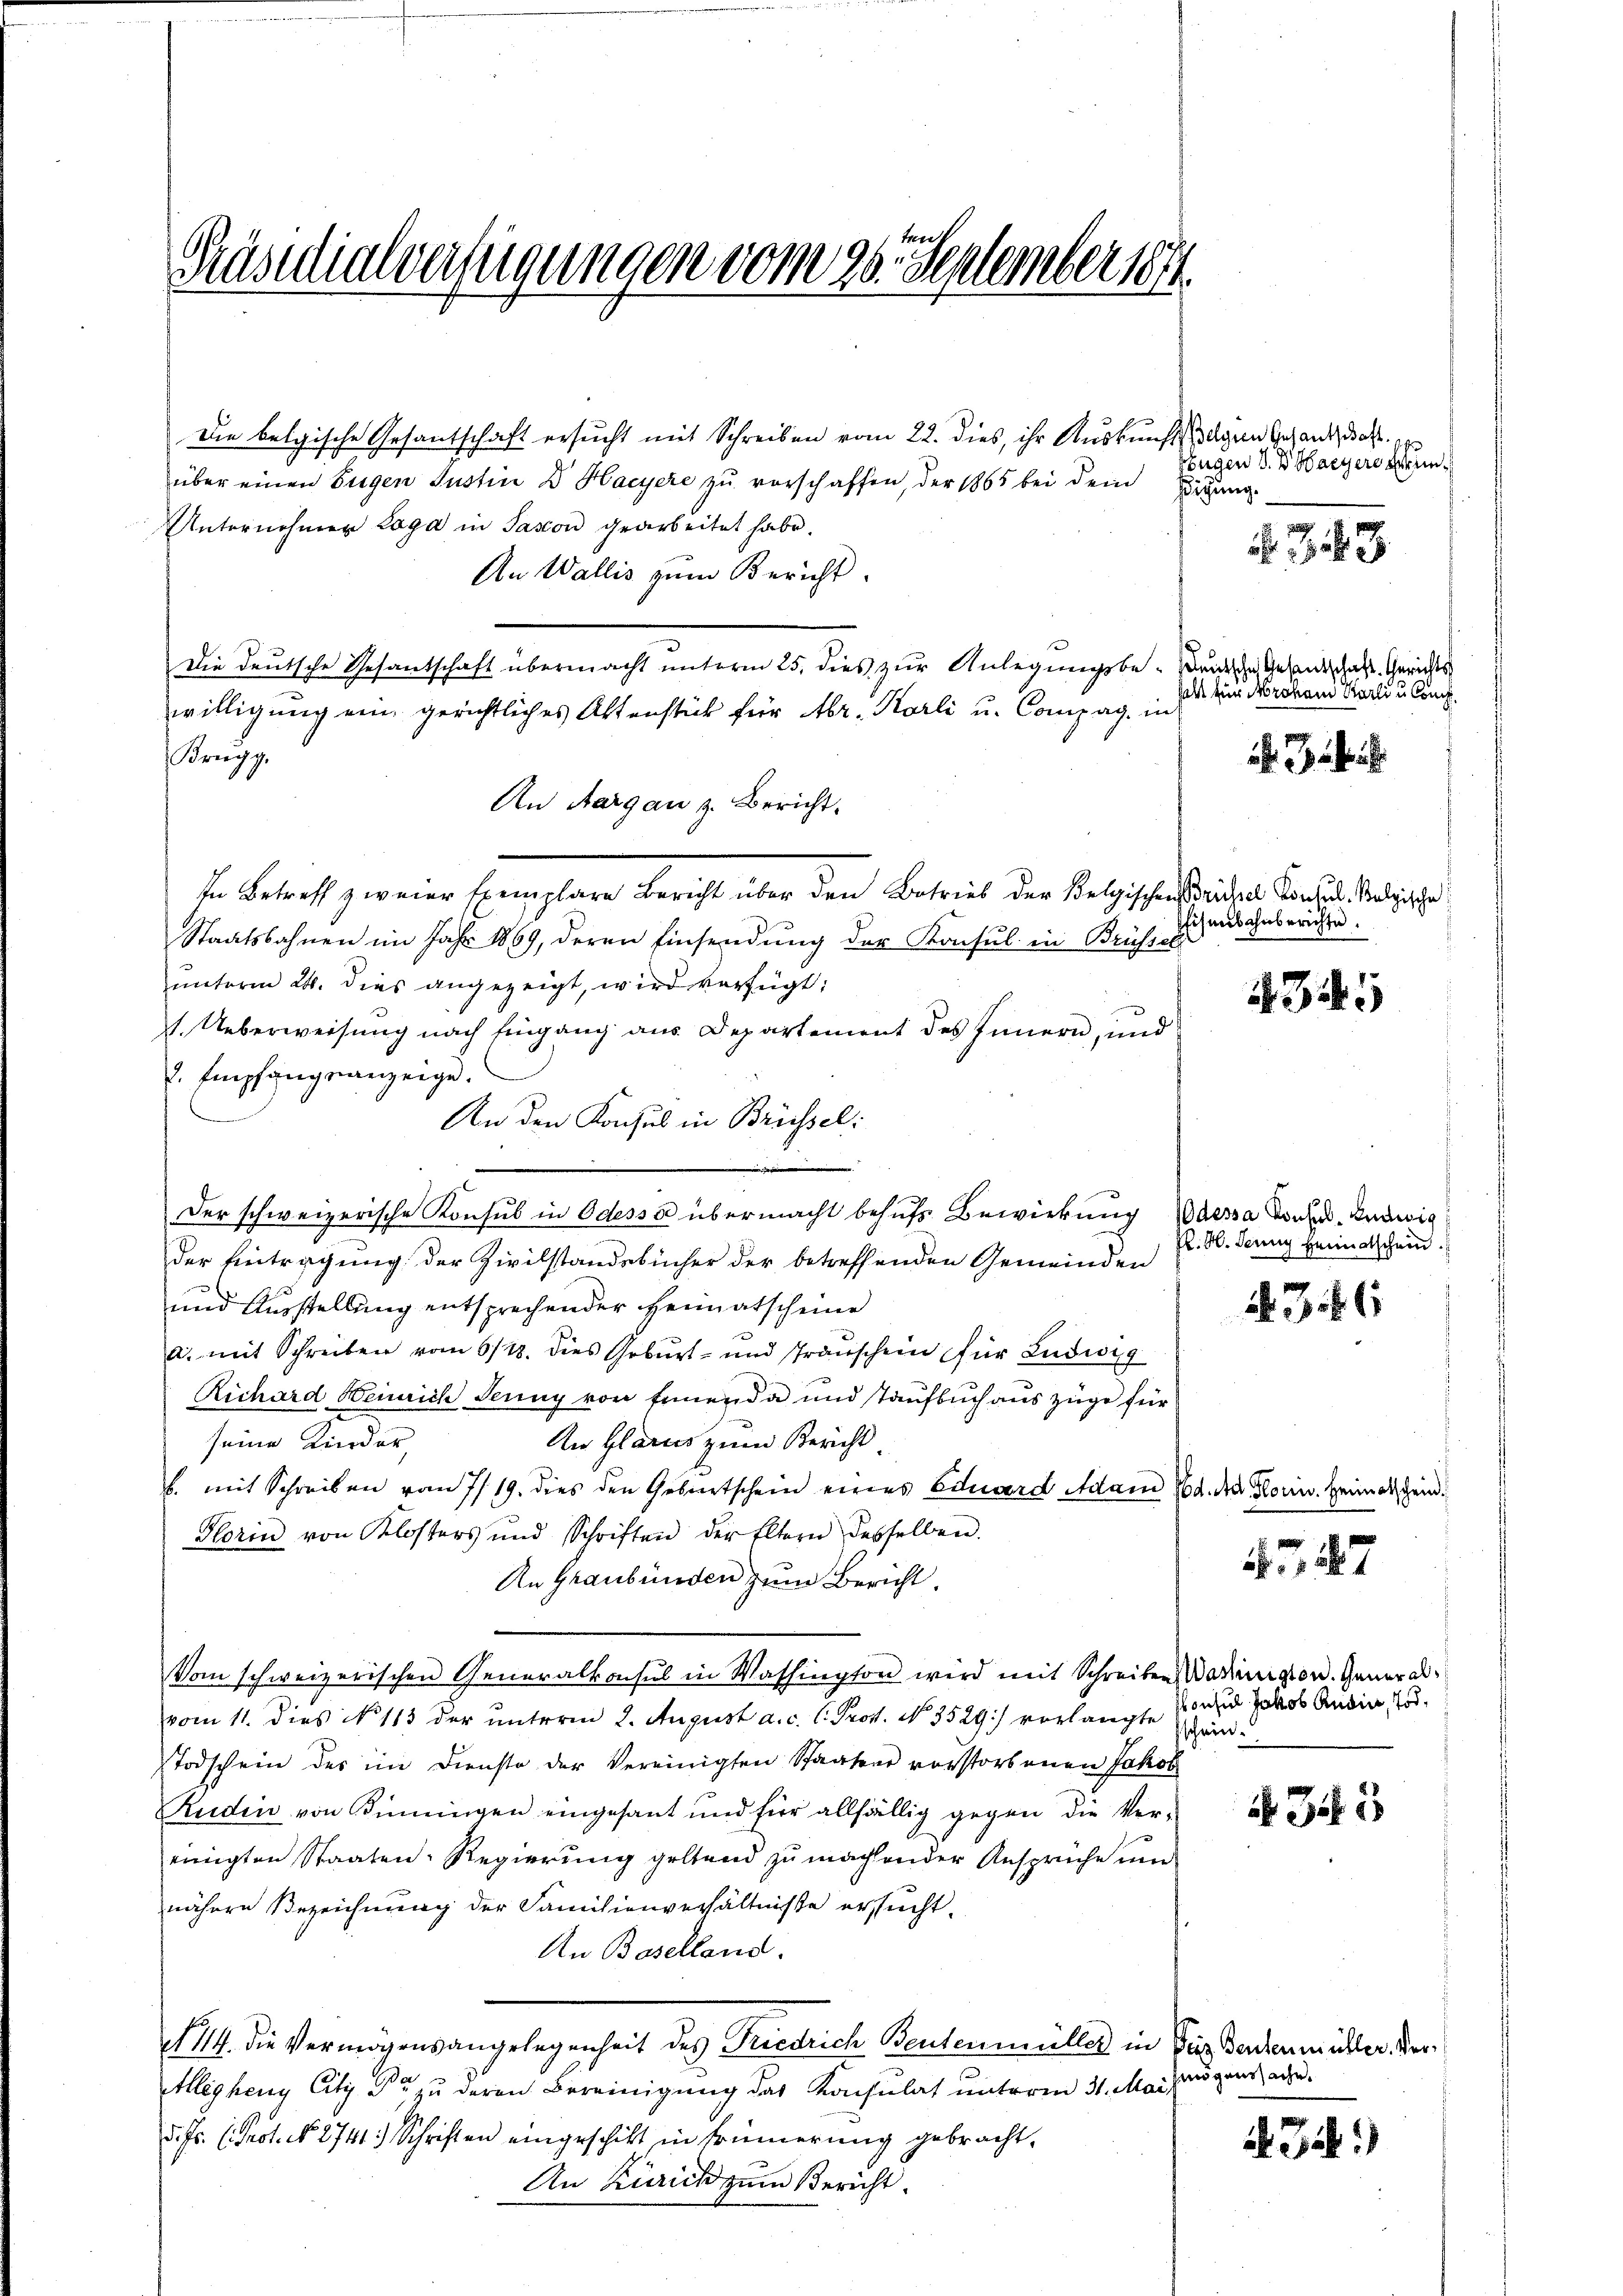
Präsidialverfügungen vom 26. September 1874.

Die belgische Gesantschaft ersucht mit Schreiben vom 22. dies, ihr Auskunft gern Gesand, daß
über einen Eugen Justin Dr Hacyere zu vorschaffen, der 1865 bei dem ung
Unternehmen Laga in Sasson gearbeitet habe.
An Wallis zum Bericht.
Die Deutsche Gesantschaft übermacht unterm 25. dies zur Anlegungsbe-Buche Gesandtschaft Gerichts
willigung ein gerichtliches Aktenstück für Abr. Karli u. Compag. in
Brugg.
An Aargau z. Bericht.
In Betreff zweier Exemplare Bericht über den Betrieb der Belgischens dreichen Landen. Merische
Staatsbahnen im Jahr 1869, deren Einsendung der Konsul in Brüssel
unterm 24. dies angezeigt, wird verfügt:
1. Ueberweisŭng nach Eingang aus Departement des Innern, und
. Empfangsanzeige.
An den Konsuls in Brüssel:
i
Der schweizerische Konsul in Odessa übermacht behufs Bewirkung Wassa dons Ludwig
der Eintragung der Zivilstandebücher der betreffenden Gemeinden
und Ausstellung entsprechender Heimatscheine

a. mit Schreiben vom 6/18. dies Geburt- und Transchein für Ludwig
Richard Heinrich Jenny von Ermenda und Taufbuch aus Züge für
An Glarus zum Bericht
seine Kinder
b. mit Schreiben vom 7/19. dies den Geburtschein eines Eduard Adam a der Glorin Heimatschein.
Glorin von Klosters und Schriften der Eltern desselben.
An Graubünden zum Bericht.
Vom schweizerischen Generalkonsul in Washington wird mit Schreiben Wadinigten. Generalvom 11. dies N. 113 der unterm 2. August a. c. l. Prof. No. 3529) vorlangte Einzu Jakob Annia
Todschein des im Dienste der Vereinigten Staaten vorstorbenen Jakob
Rudin von Kinningen eingesant und für allfällig gegen die Vereinigten Staaten-Regierung geltend zu machender Ansprüche und
nähere Bezeichnung der Samilienverhältniße ersucht.
An Baselland.
1114. die Vermögensangelegenheit des Friedrich Bentenmeilles in Vier Vorbenen älter Ver¬
Alegheny Citi Dr. zu deren Bereinigung das Konsulat unterm 31. Mai
d. Js. (Prot. N. 2741. Schriften eingeschickt in Erinnerung gebracht.
An Zürich zum Bericht.

Eugen V. B. Bayer Wein

3

halt für Mroham Karli u. Conc

fisenbahnberichte.

434.

P. H. Jenny Heimatschein.

§. 361

447

schein.

5

Eidgenssache.

Jch.)